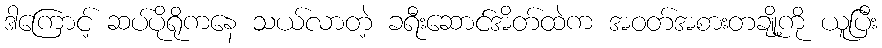
ဒါကြောင့် ဆပ်ပိုရိုကနေ သယ်လာတဲ့ ခရီးဆောင်အိတ်ထဲက အဝတ်အစားတချို့ကို ယူပြီး